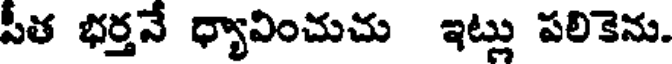
పీత భర్తనే ధ్యావించుచు ఇట్లు పలికెను.